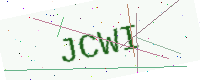
Text: JCWI